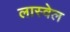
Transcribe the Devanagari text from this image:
लास्वेल